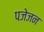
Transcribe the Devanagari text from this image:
पजेजन